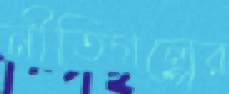
নীতিগল্পের